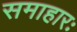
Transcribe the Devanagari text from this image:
समाहारः